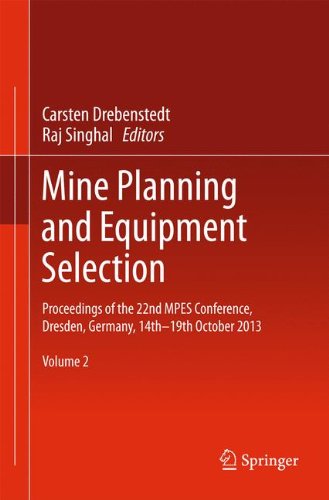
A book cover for Mine Planning and Equipment Selection: Proceedings of the 22nd MPES Conference, Dresden, Germany, 14th - 19th October 2013; Science & Math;